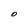
Character: O